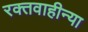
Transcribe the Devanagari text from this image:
रक्तवाहीन्या